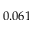
0 . 0 6 1